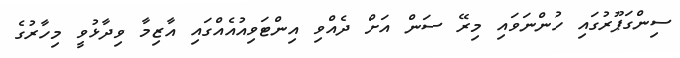
ސިންގަޕޫރުގައި ހުންނަވައި މިރޭ ސަން އަށް ދެއްވި އިންޓަވިއުއެއްގައި އާޒިމާ ވިދާޅުވީ މިހާރުގެ